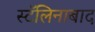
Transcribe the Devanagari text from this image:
स्टॅलिनाबाद